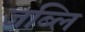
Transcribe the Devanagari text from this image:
जब्लि